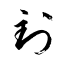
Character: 到